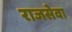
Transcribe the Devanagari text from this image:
राजसेवा